Materia medica of Madras volume I
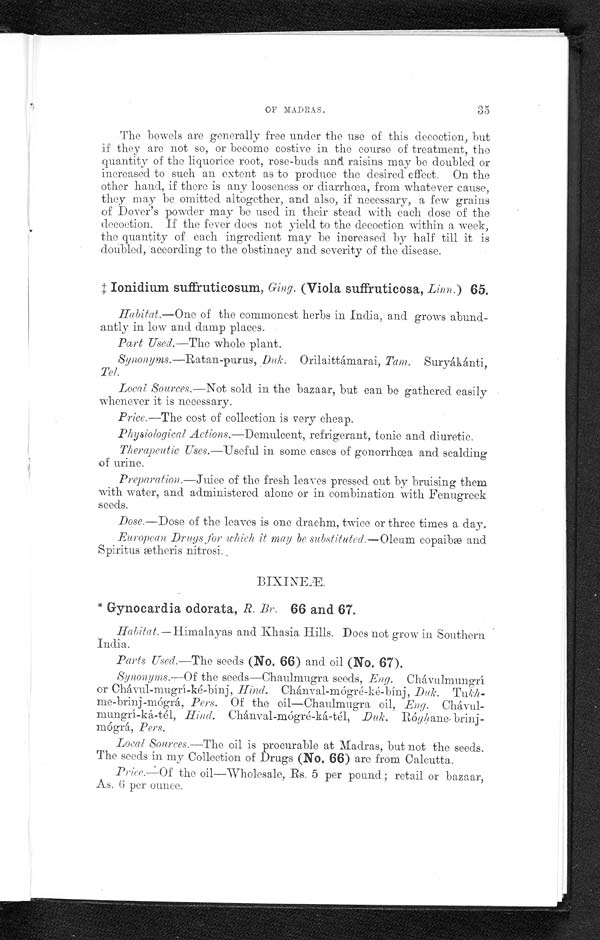
OF MADRAS.
35
The bowels are generally free under the use of this decoction, but
if they are not so, or become costive in the course of treatment, the
quantity of the liquorice root, rose-buds and raisins may be doubled or
increased to such an extent as to produce the desired effect. On the
other hand, if there is any looseness or diarrhœa, from whatever cause,
they may be omitted altogether, and also, if necessary, a few grains
of Dover's powder may be used in their stead with each dose of the
decoction. If the fever does not yield to the decoction within a week,
the quantity of each ingredient may be increased by half till it is
doubled, according to the obstinacy and severity of the disease.
‡Ionidium suffruticosum, Ging . (Viola suffruticosa, Linn. ) 65.
Habitat.— One of the commonest herbs in India, and grows
abund-
antly in low and damp places.
Part Used. —The whole plant.
Synonyms .—Ratan-purus, Duk. Orilaittámarai, Tam. Suryákánti,
Tel.
Local Sources.— Not sold in the bazaar, but can be gathered easily
whenever it is necessary.
Price.—The cost of collection is very cheap.
Physiological Actions .—Demulcent, refrigerant, tonic and diuretic.
Therapeutic Uses.—Useful in some cases of gonorrhoea and scalding
of urine.
Preparation.—Juice of the fresh leaves pressed out by bruising them
with water, and administered alone or in combination with Fenugreek
seeds.
Dose.—Dose of the leaves is one drachm, twice or three times a day.
European Drugs for which it may be substituted.— Oleam copaibæ and
Spiritus ætheris nitrosi.
E Æ .
* Gynocardia odorata, R. Br. 66 and 67.
Habitat.—Himalayas and Khasia Hills. Does not grow ill Southern
India.
Parts Used. —The seeds (No. 66) and oil (No. 67).
Synonyms.—Of the seeds—Chaulmugra seeds, Eng. C h á v u l m u n g r í
or Chávul-mugrí-ké-bínj, Hind. Chánval-mógré-ké-bínj, Duk.
Tukh-me-brinj-mógrá, Pers. Of the oil—Chaulmugra oil, Eng.
Chávul-mungrí-ká-tél, H ind. Chánval-mógré-ká-tél, Duk.
R ó
g h
a n e - b r i n j - m ó g r á ,
P e r s .
Local Sources.—The oil is procurable at Madras, but not the seeds.
The seeds in my Collection of Drugs (No. 66) are from Calcutta.
Price.—Of the oil—Wholesale, Rs. 5 per pound; retail or bazaar,
As. 6 per ounce.